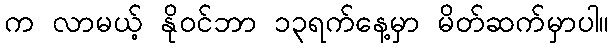
က လာမယ့် နိုဝင်ဘာ ၁၃ရက်နေ့မှာ မိတ်ဆက်မှာပါ။